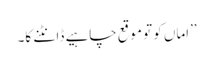
’’اماں کو تو موقع چاہیے ڈانٹنے کا۔